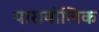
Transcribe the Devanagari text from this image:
पाराबोलिक